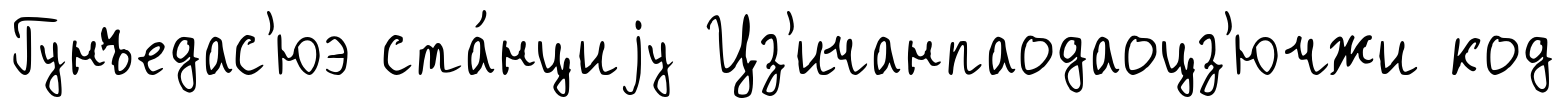
Гунъедас'юэ ста́нциjу Цз'ичанпаодаоцз'ючжи код